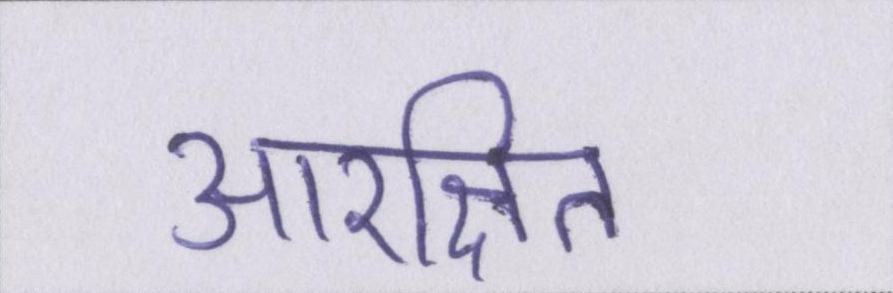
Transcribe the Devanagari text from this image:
आरक्षित